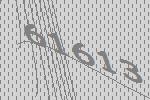
61613